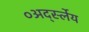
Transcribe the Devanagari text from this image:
०अर्द्स्लेय